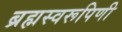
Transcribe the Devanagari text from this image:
ब्रह्मस्वरूपिणी